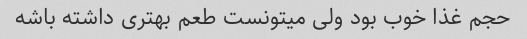
حجم غذا خوب بود ولی میتونست طعم بهتری داشته باشه